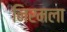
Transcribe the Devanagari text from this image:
निरमला